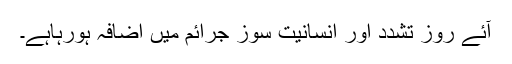
آئے روز تشدد اور انسانیت سوز جرائم میں اضافہ ہورہاہے۔